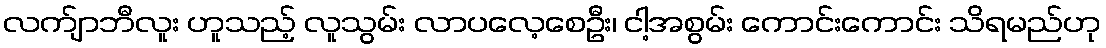
လက်ျာဘီလူး ဟူသည့် လူသွမ်း လာပလေ့စေဦး၊ ငါ့အစွမ်း ကောင်းကောင်း သိရမည်ဟု